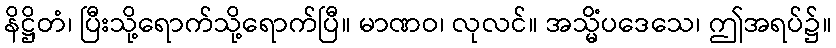
နိဋ္ဌိတံ၊ ပြီးသို့ရောက်သို့ရောက်ပြီ။ မာဏဝ၊ လုလင်။ အသ္မိံပဒေသေ၊ ဤအရပ်၌။